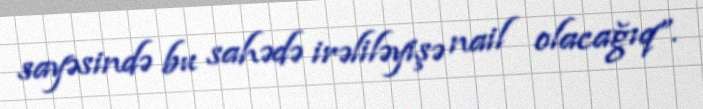
sayəsində bu sahədə irəliləyişə nail olacağıq”.